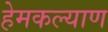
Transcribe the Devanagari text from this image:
हेमकल्याण